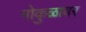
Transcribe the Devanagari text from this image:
गोकुळावर